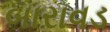
બારાવડ